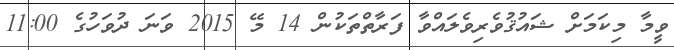
ވީމާ މިކަމަށް ޝައުޤުވެރިވެލައްވާ ފަރާތްތަކުން 14 މޭ 2015 ވަނަ ދުވަހުގެ 11:00